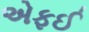
એફઈ